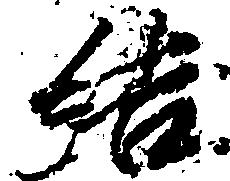
結